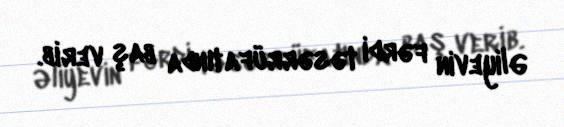
Əliyevin fərdi təsərrüfatında baş verib.